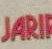
DARIR